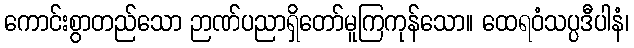
ကောင်းစွာတည်သော ဉာဏ်ပညာရှိတော်မူကြကုန်သော။ ထေရဝံသပ္ပဒီပါနံ၊